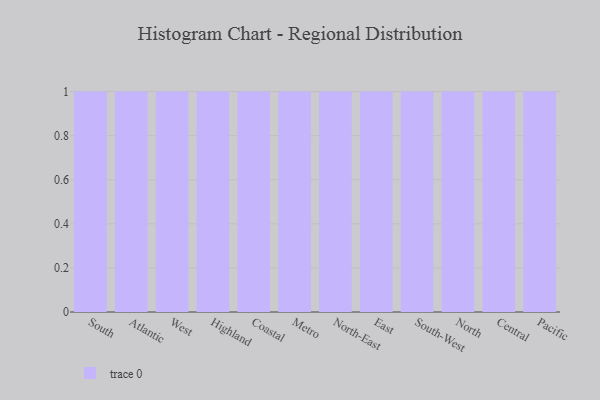
{"axis": {"x": "Region", "y": "Website Visitors"}, "legend": [""], "data": [{"x": "South", "y": 81, "type": ""}, {"x": "Atlantic", "y": 39, "type": ""}, {"x": "West", "y": 97, "type": ""}, {"x": "Highland", "y": 12, "type": ""}, {"x": "Coastal", "y": 30, "type": ""}, {"x": "Metro", "y": 58, "type": ""}, {"x": "North-East", "y": 94, "type": ""}, {"x": "East", "y": 46, "type": ""}, {"x": "South-West", "y": 4, "type": ""}, {"x": "North", "y": 77, "type": ""}, {"x": "Central", "y": 94, "type": ""}, {"x": "Pacific", "y": 57, "type": ""}]}